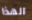
الهذا